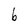
Character: b